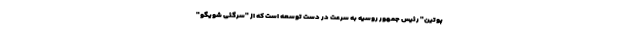
پوتین" رئیس جمهور روسیه به سرعت در دست توسعه است که از "سرگئی شویگو"